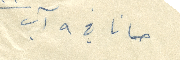
حمانا في ٩ آب